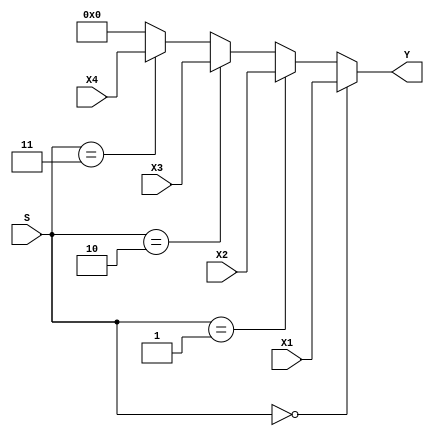
module eightBitMultiplexer4to1(
	
	input [7:0] X1,
	input [7:0] X2,
	input [7:0] X3,
	input [7:0] X4,

	input [1:0] S,
	
	output [7:0] Y
);


	assign Y = S==0? X1: S==1? X2 : S==2? X3: S==3 ? X4: 8'b00000000;
	//Easy 


endmodule